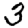
Digit: 3